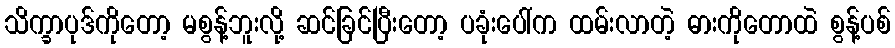
သိက္ခာပုဒ်ကိုတော့ မစွန့်ဘူးလို့ ဆင်ခြင်ပြီးတော့ ပခုံးပေါ်က ထမ်းလာတဲ့ ဓားကိုတောထဲ စွန့်ပစ်